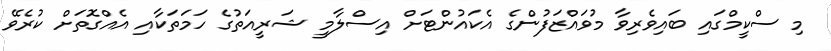
މި ސްކީމްގައި ބައިވެރިވާ މުވައްޒަފުންގެ އެކައުންޓަށް އިސްލާމީ ޝަރީއަތުގެ ހަމަތަކާއި އެއްގޮތަށް ކުރެވޭ